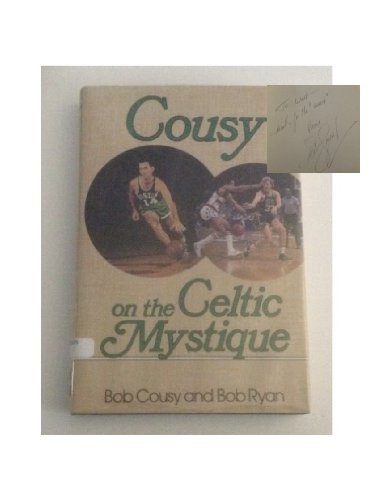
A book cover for Cousy on the Celtic Mystique; Bob Cousy; Sports & Outdoors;